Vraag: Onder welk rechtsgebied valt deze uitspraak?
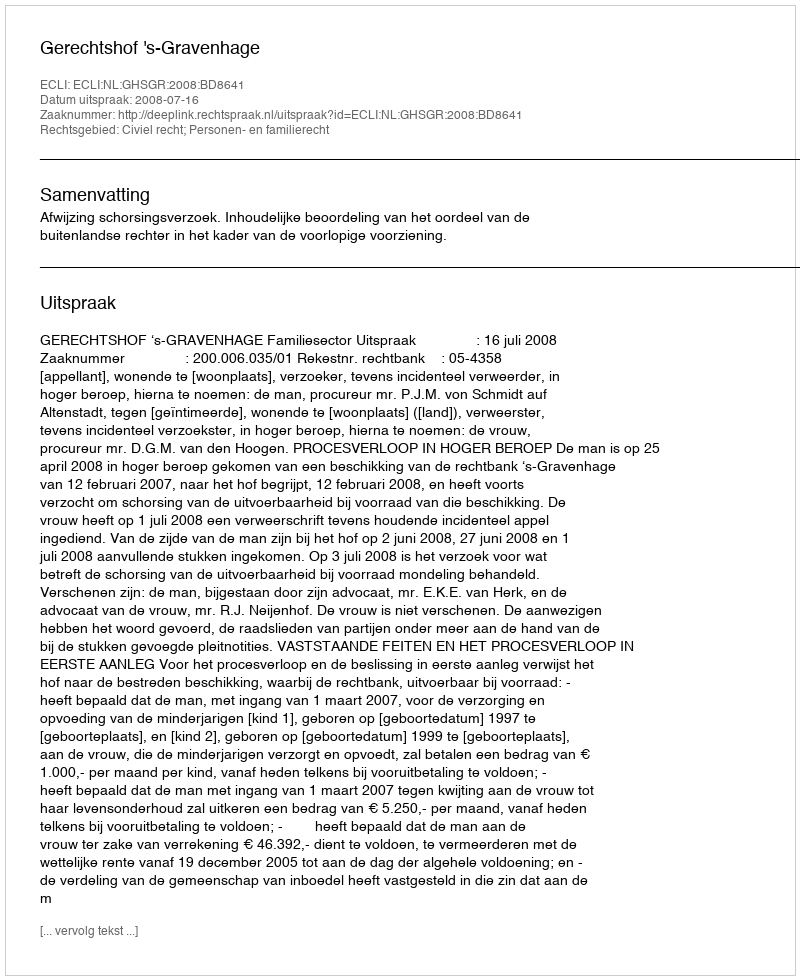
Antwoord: Civiel recht; Personen- en familierecht